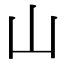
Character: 山